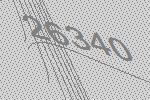
26340